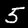
Label: 5